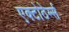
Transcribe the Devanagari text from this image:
एक्टोठेर्म्स